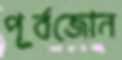
পূর্বজোন